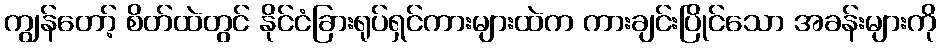
ကျွန်တော့် စိတ်ထဲတွင် နိုင်ငံခြားရုပ်ရှင်ကားများထဲက ကားချင်းပြိုင်သော အခန်းများကို